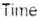
TIME